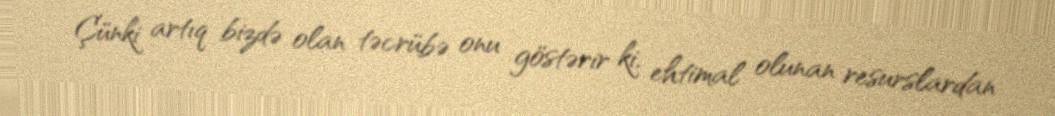
Çünki artıq bizdə olan təcrübə onu göstərir ki, ehtimal olunan resurslardan